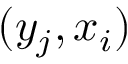
( y _ { j } , x _ { i } )